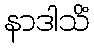
နာဒါသိံ